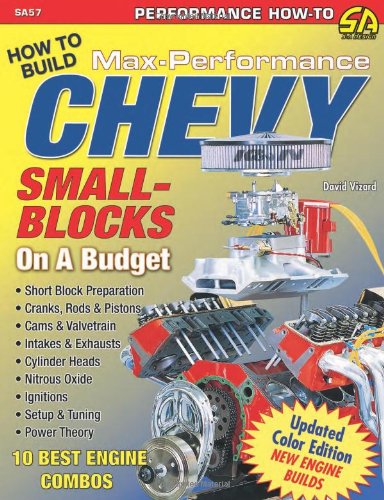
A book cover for David Vizard's How to Build Max Performance Chevy Small Blocks on a Budget (Performance How-To); David Vizard; Engineering & Transportation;